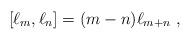
LaTeX: \begin{align*}[\ell_m,\ell_n]=(m-n)\ell_{m+n}\ ,\end{align*}